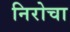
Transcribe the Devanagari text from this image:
निरोचा